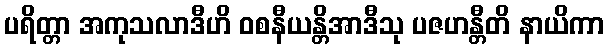
ပရိတ္တာ အကုသလာဒီဟိ ဝစနီယန္တိအာဒီသု ပဇဟန္တီတိ နာယိကာ